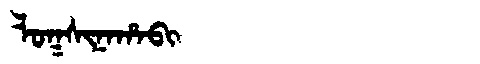
Manchu: ᠯᠣᡴᠰᡳᠨᠠᡥᠠᠪᡳ
Romanization: LOKSINAHABI